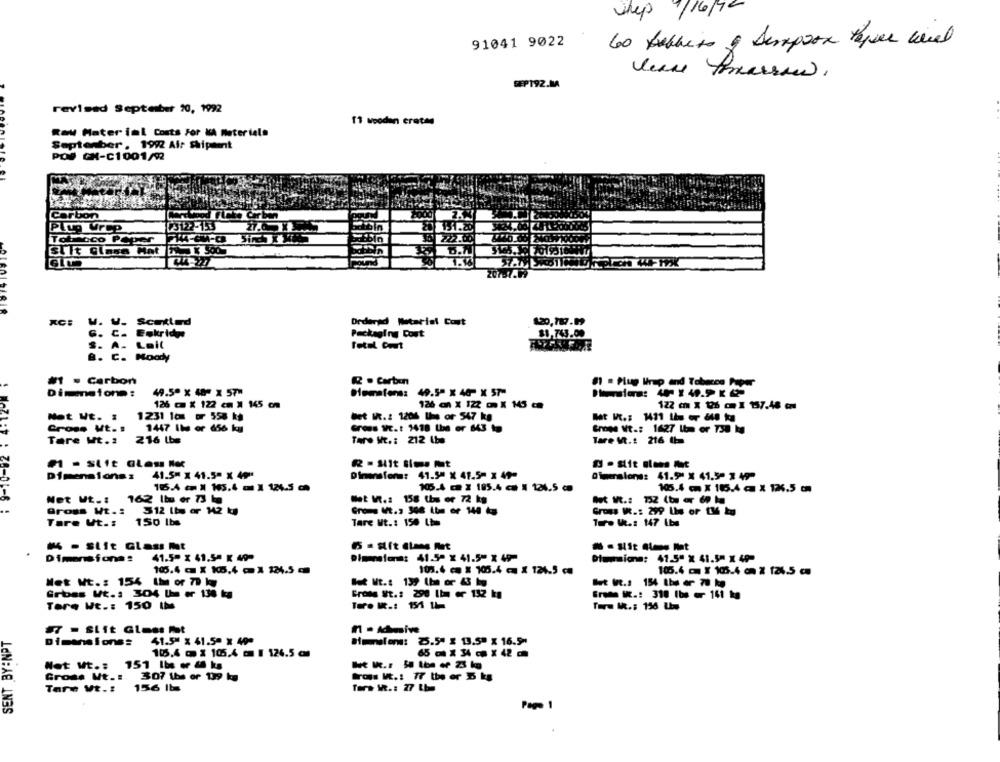
Shep 9/16/92
91041 9022
60 table to & Semprox Peper cial
SEP192.MA
revised September 20, 1992
11 wooden crates
Raw Material Costs For KA Materials
September . 1992 Alr Shipment
POS CH-C1001/92
Carbon
Plug Wrcp
3122-153
151.20
Tolloco Peper
22.00
1.16
207-87499
Ordered Weterist Cout
120,787.19
KC: W. W. Scotted
u.
G. C. Eskridy
Packaging Cost
$1,743.00
S. A. Lail
B. C. Moody
#1 . Carbon
2 .Carbon
#1 . Plug Irup and Tobacco Paper
Dimmetono:
49.50 x 48" X 57"
Diematons: 49.5" x 46- X 57-
126 @ x 122 cm X 145 cm
126 an X 122 o X 145 c
122 cm X 126 cm I 157.48 cm
Not Ut. .
1231 la r 558 kg
bet IR .: 1206 Uns or 547 kg
Mat H .: 1421 Ihm er &48 ka
Cross Mt. :
1447 Ibe or 656 kg
Grows Wc .: 1418 Lhe er 643
Crone Vt .: 1627 Ibm er 750 kg
Tare Mt.2
216 Lbs
Taro Ht .: 212 Iba
Tare Vt .: 216 1b
₱ - slit Glass Nec
R - Hit Sims mt
Dimensionsz
41.5" x 41.5" X 49"
Dimensions: 41.5" X 41.5m x 49-
Ofmeralons: 41.90 X 41.5- 3 49-
105.4 X 105.4 - 1 126.5 c
105.4 - 2 185.4 - 1 124.5 c
105.4 - X 115.4 @ X 126.5 cm
Net Wt .: 162 lbs er 73 b
Met W .: 158 the or 72 kg
Z0-01-6 4
Gross Wt .:
312 lbs or 142 kg
Gross I .: 299 Is or t& kg
Tare Ut .:
150 Ibs
Tare Mt .: 150 Ihm
Ture W .: 147 Lbs
-Slit Glass mt
41.5" x 41.5ª K 49-
Dimensions :
Dimensions: 41.5ª x 41.5" X 49-
Dtuprions: 41.5" X 41.5" x 49-
106.4 @ x k5.4 - X 224.5
101.4 . x 105.4 - X 126.5 c
105.4 - ¥ 105.4 cm X 124.5 c
Met Mt .: 154 Ih or 79 ky
But It .: 139 Ihn or 43 kg
Gribes Wt .: 304 lhon or 130 kg
Grote St .: 290 Ibn er 132 kg
Erede IK .: 318 Ibs er 141 kg
Tore Wt .: 150 the
Tere MR .: 154 11
SENT BY:NPT
- Slit Glass Mt
Boston: 3.5" x 13.5" x 16.5*
Dimensiones
41.5" x 41.5ª x 400
105.4 0 x 105.4 o : 126.5 a
65 x 34 - x 42 -
Net Wt .: 151 Ibe er 4 kg
Gross Ut .:
307 the or 139 kg
Nos V .: 77 the er 5 kg
Tare Wt .!
156 lb